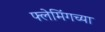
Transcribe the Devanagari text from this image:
फ्लेमिंगच्या